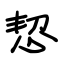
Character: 恝